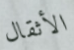
الأثقال